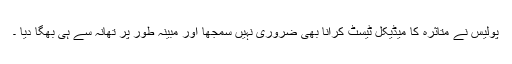
پولیس نے متاثرہ کا میڈیکل ٹیسٹ کرانا بھی ضروری نہیں سمجھا اور مبینہ طور پر تھانہ سے ہی بھگا دیا ۔